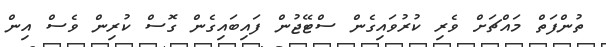
ތުންފަތް މައްޗަށް ވެރި ކުރުވައިގެން ސްޓޭޖުން ފައިބައިގެން ގޮސް ކުރިން ވެސް އިން